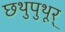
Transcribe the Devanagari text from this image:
छथुपुथूर्